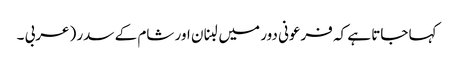
کہا جاتا ہے کہ فرعونی دور میں لبنان اور شام کے سدر (عربی ۔